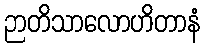
ဉာတိသာလောဟိတာနံ